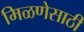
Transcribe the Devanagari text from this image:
मिळणेसाठी